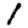
Digit: 1